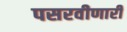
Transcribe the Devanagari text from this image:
पसरवीणारी